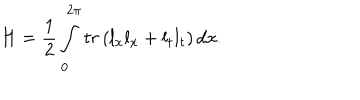
H = \frac 1 2 \int _ { 0 } ^ { 2 \pi } t r \left( l _ { x } l _ { x } + l _ { t } l _ { t } \right) d x .